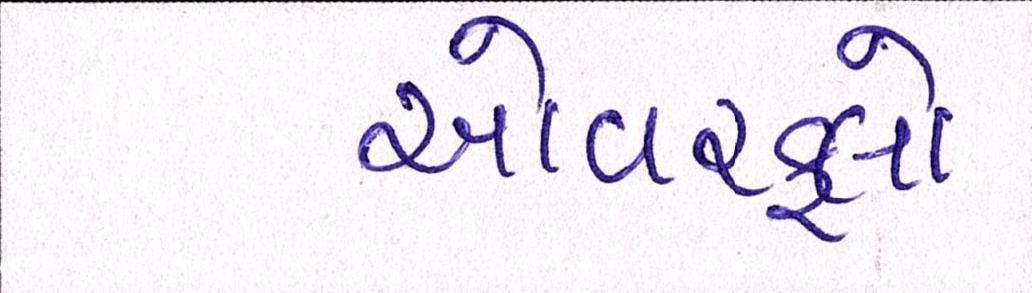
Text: ઓવરફ્લો